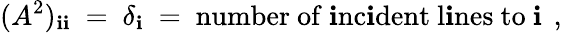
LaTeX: (A^{2})_{\mathbf{i}\mathbf{i}}~=~\delta_{\mathbf{i}}~=~\mathrm{{number~of~\mathbf{i}nc\mathbf{i}dent~l\mathbf{i}nes~to~\mathbf{i}~}}\, ,